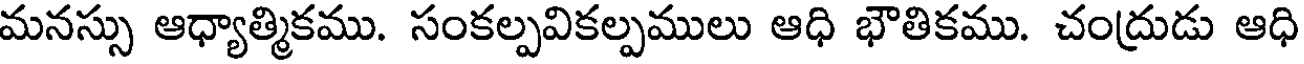
మనస్సు ఆధ్యాత్మికము. సంకల్పవికల్పములు ఆధి భౌతికము. చంద్రుడు ఆధి